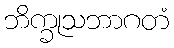
ဘိက္ခုသဘာဂတံ